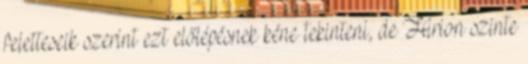
feletteseik szerint ezt előlépésnek kéne tekinteni, de Hirion szinte